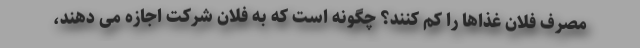
مصرف فلان غذاها را کم کنند؟ چگونه است که به فلان شرکت اجازه می دهند،